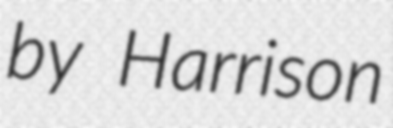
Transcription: by Harrison